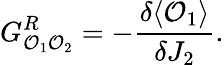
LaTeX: G_{{\cal O}_{1}{\cal O}_{2}}^{R}=-\frac{\delta\langle{\cal O}_{1}\rangle}{\delta J_{2}}.